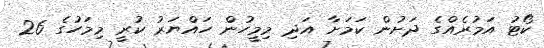
ކޯޓު އަމުރެއްގެ ދަށުން ކަމަށާ އަދި މިމީހުން ހައްޔަރު ކުރީ މިމަހުގެ 26